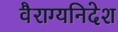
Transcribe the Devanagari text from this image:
वैराग्यनिदेश